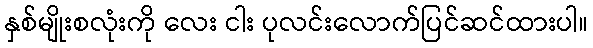
နှစ်မျိုးစလုံးကို လေး ငါး ပုလင်းလောက်ပြင်ဆင်ထားပါ။